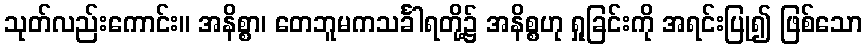
သုတ်လည်းကောင်း။ အနိစ္စာ၊ တေဘူမကသင်္ခါရတို့၌ အနိစ္စဟု ရှုခြင်းကို အရင်းပြု၍ ဖြစ်သော